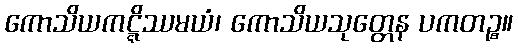
ကောသိယကဋ္ဋိဿမယံ၊ ကောသိယသုတ္တေန ပကတဉ္စ။